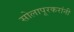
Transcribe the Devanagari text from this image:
सोलापूरकरांनी